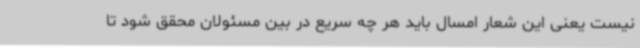
نیست یعنی این شعار امسال باید هر چه سریع در بین مسئولان محقق شود تا